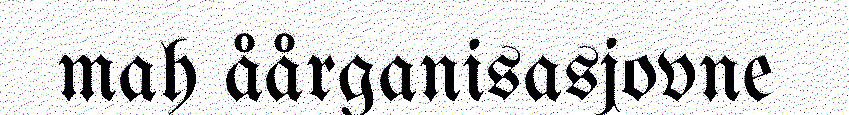
mah åårganisasjovne